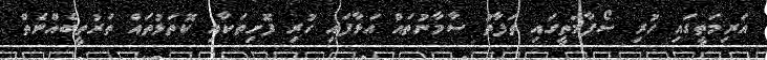
އަރިމަތީގައި ހުރި ސޯފާމަތީގައި ތަފާތު ސާމާނުތައް އަޅާފައި ހުރި ފޮށިތަކާއި ކޮތަޅުތައް ތަރުތީބެއްނެތް